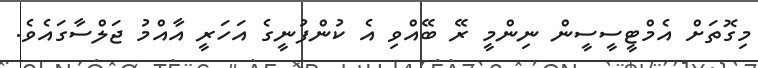
މިގޮތަށް އެމްޓީސީސީން ނިންމީ ރޭ ބޭއްވި އެ ކުންފުނީގެ އަހަރީ އާއްމު ޖަލްސާގައެވެ.